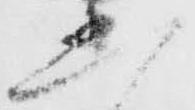
丞